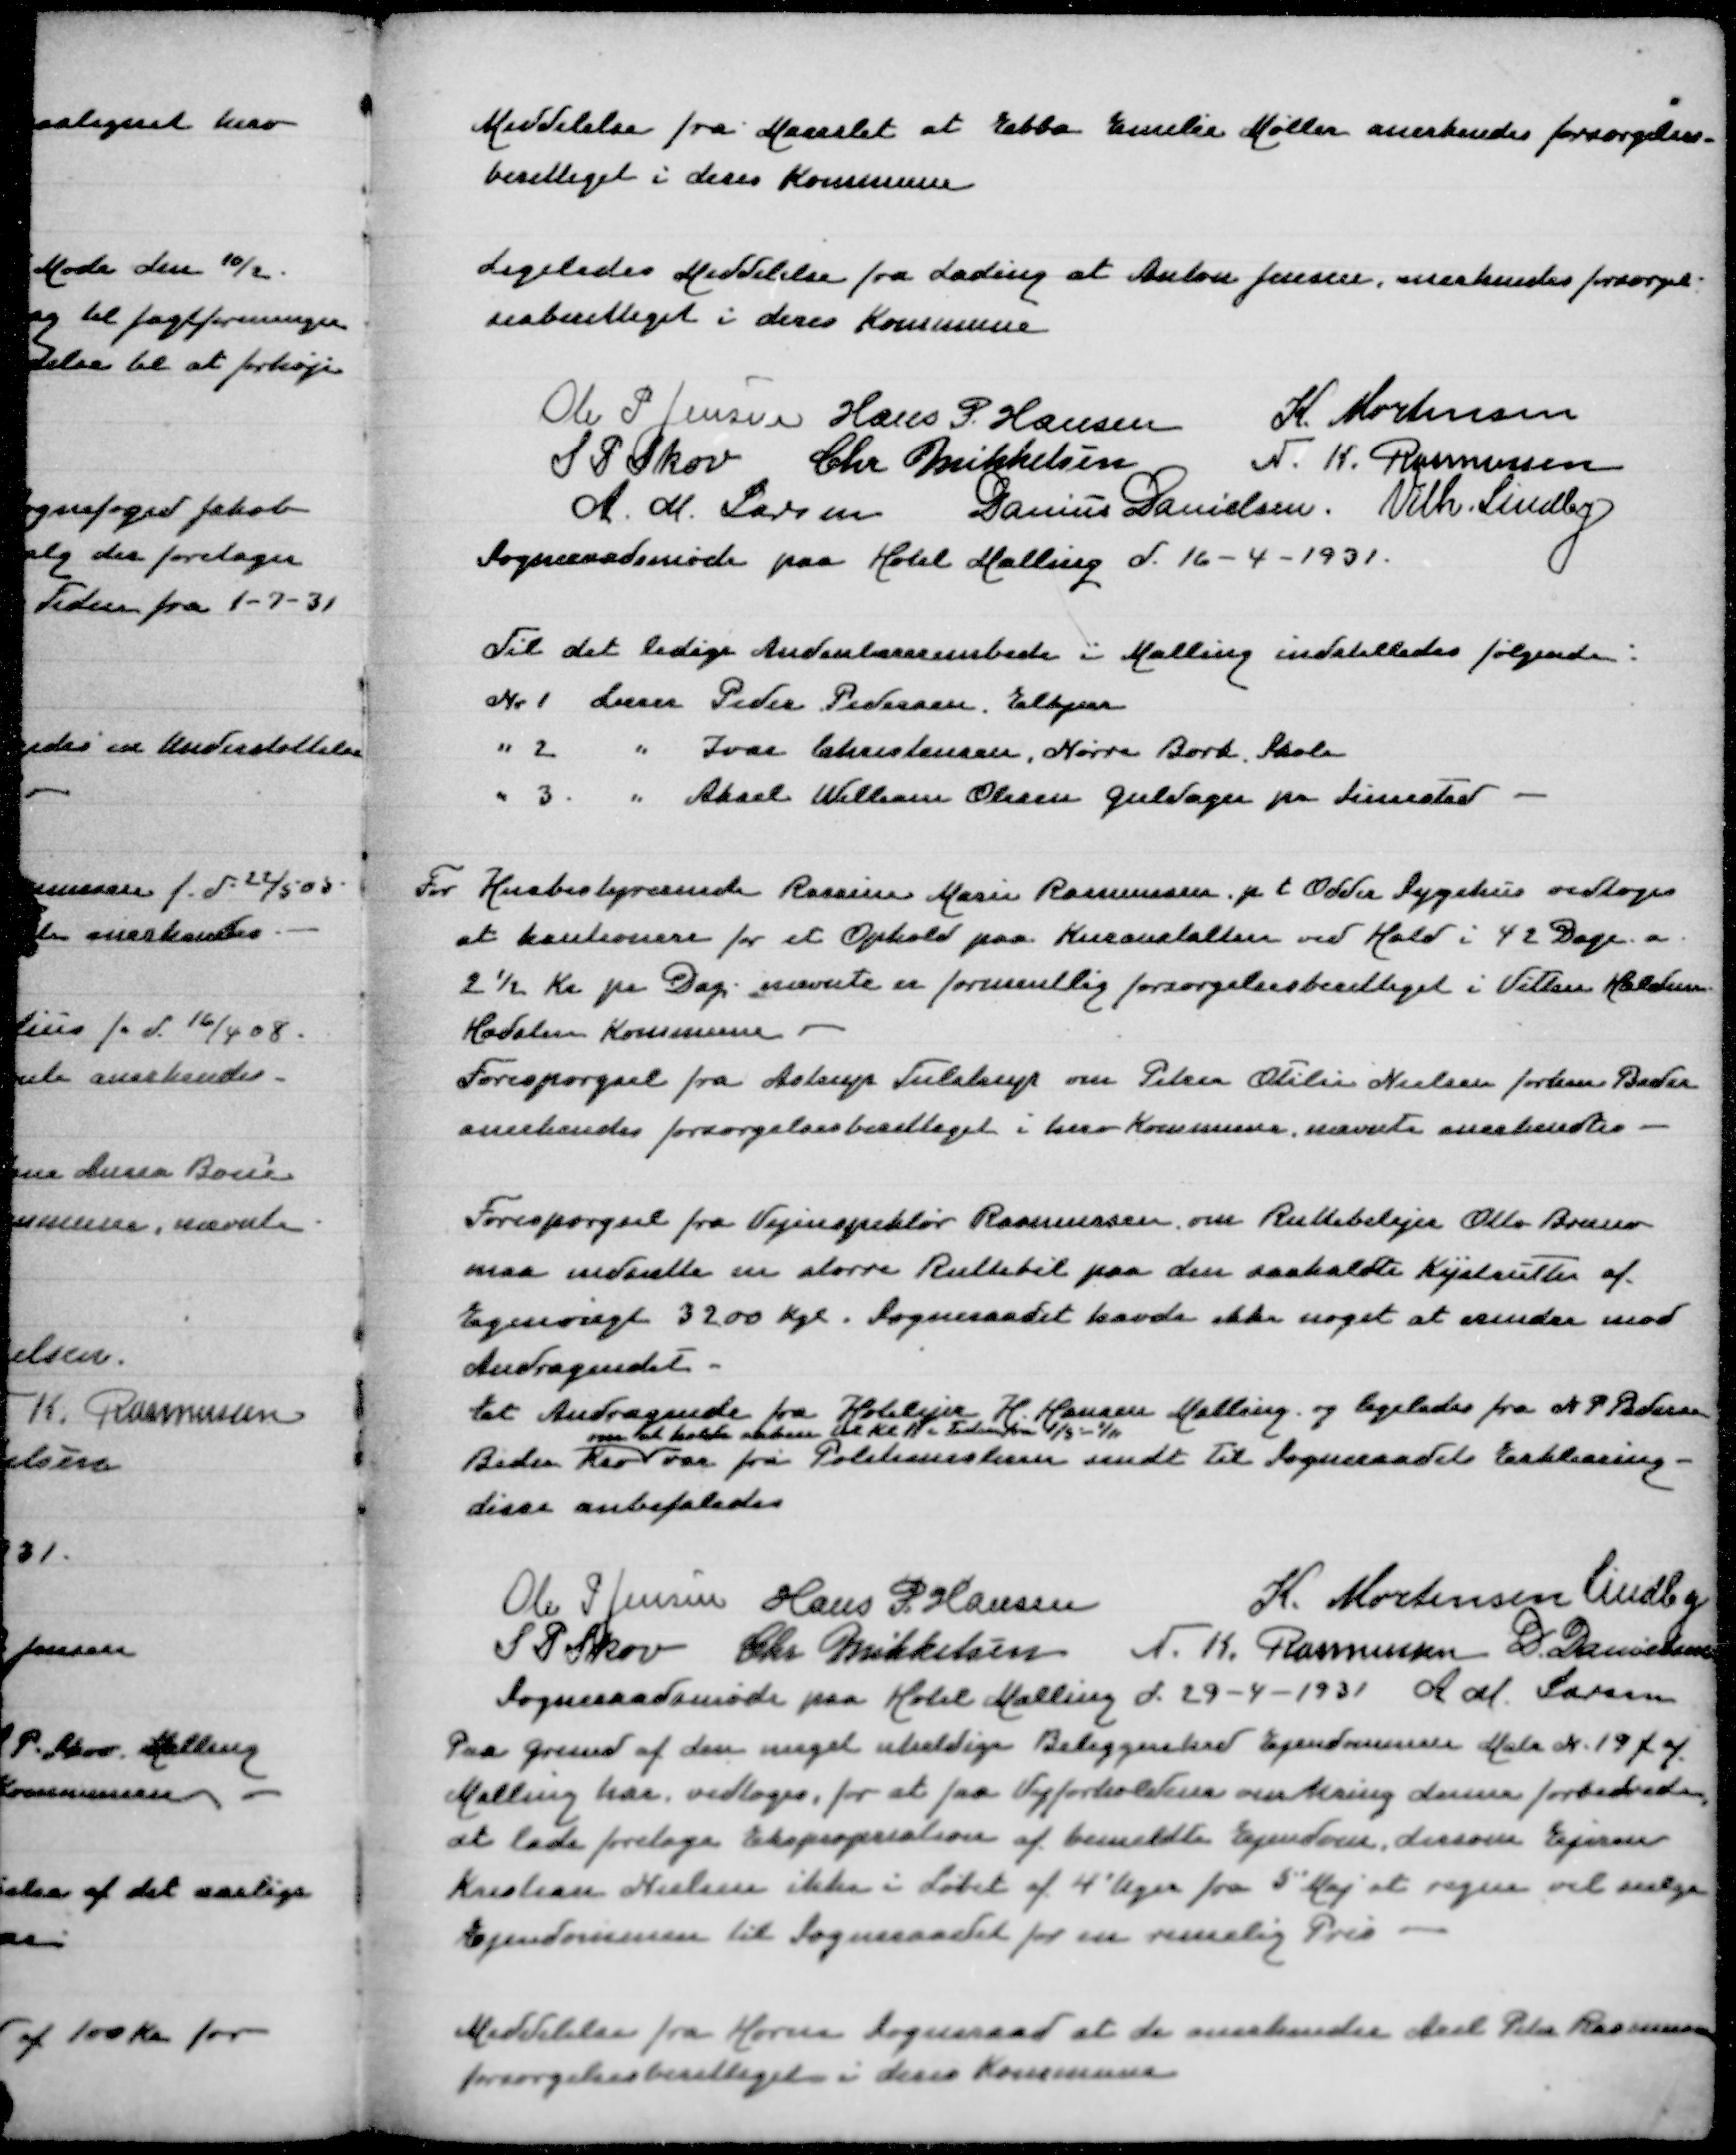
Transskription:
Meddelelse fra Maarslet at Ebba Emilie Møller anerkendes forsørgelses=
berettiget i deres Kommune

Ligeledes Meddelelse fra Lading at Anton Jensen anerkendes forsørgel=
sesberettiget i deres Kommune

Ole P Jensen
Hans P Hansen
K Mortensen
S P Skov
Chr Mikkelsen
N K Rasmussen
A M Larsen
Danius Danielsen
Vilh Lindby
Sogneraadsmøde paa Hotel Malling d 16-4-1931

Til de ledige Andenlærerembede i Malling indstilledes følgende:
Nr 1 Lærer Peder Pedersen Elkjær
" 2 " Ivar Christensen, Nørre Bork Skole
" 3 " Aksel William Olesen Guldager pr Simested

Til Husbestyrerinde Rasmine Marie Rasmussen p.t. Odder Sygehus vedtoges
at kautionere for et Ophold paa Kuranstalten ved Hald i 42 Dage a
2½ Kr pr Dag, nævnte er formentlig forsørgelsesberettiget i Vitten Haldum
Hadsten Kommune
Forespørgsel Astrup Tulstrup om Petra Otilie Nielsen forhen Beder
anerkendes forsørgelsesberettiget i herv Kommune, nævnte anerkendes

Forespørgsel fra Vejinspektør Rasmussen om Ruttebilejer Otto Bruno
maa indsætte en større Ruttebil paa den saakaldte Kystrute af
Egenvægt 3200 Kg. Sogneraadet havde ikke noget at erindre mod
Andragendet
Et Andragende fra Hotelejer H Hansen Malling og ligeledes fra N P Pedersen
om at holde aaben til Kl 11 fra 1/4-1/11
Beder Kro var fra Politimesteren sendt til Sogneraadets Erklæring
disse anbefaledes

Ole P Jensen
Hans P Hansen
K Mortensen
Lindby
S P Skov
Chr Mikkelsen
N K Rasmussen
D Danielsen
A M Larsen
Sogneraadsmøde paa Hotel Malling d 29-4-1931
Paa Grund af den meget uheldige Beliggenhed Ejendommen Mat N 19f af
Malling har vedtoges, for at faa Vejforholdene omkring denne forbedrede,
at lade foretage Ekspropriation af bemeldte Ejendom, dersom Ejeren
Kristian Nielsen ikke i Løbet af 4 Uger fra 5 ' Maj at regne vil sælge
Ejendommen til Sogneraadet for en rimelig Pris

Meddelelse fra Horns Sogneraad at de anerkender Arb Peter Rasmussen
forsørgelsesberettiget i deres Kommune